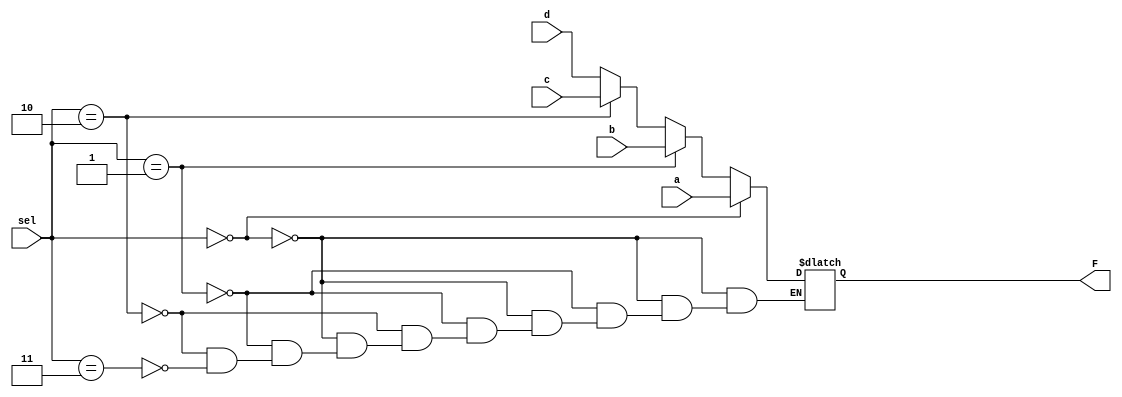
module mux_4x1(a,b,c,d,sel,F);
  
  input a,b,c,d;
  input [1:0] sel;
  output reg F;
  
  always @(*) begin
    if(sel == 2'b00)
      F = a;
    else if(sel == 2'b01)
      F = b;
    else if(sel == 2'b10)
      F = c;
    else if(sel == 2'b11)
      F = d;
  end  
    
endmodule